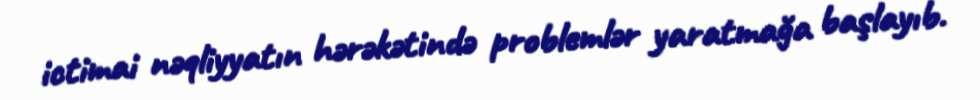
ictimai nəqliyyatın hərəkətində problemlər yaratmağa başlayıb.